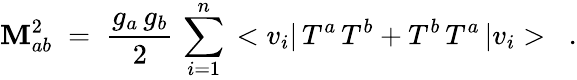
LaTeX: \mathbf{M}_{ab}^{2}\; =\; \frac{{g_{a}\, g_{b}}}{{2}}\, \sum_{i=1}^{n}\, <v_{i}|\, T^{a}\, T^{b}+T^{b}\, T^{a}\, |v_{i}>\; \; \; .